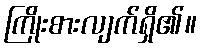
ကြိုးစားလျက်ရှိ၏။